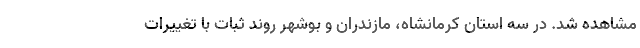
مشاهده شد. در سه استان کرمانشاه، مازندران و بوشهر روند ثبات با تغییرات